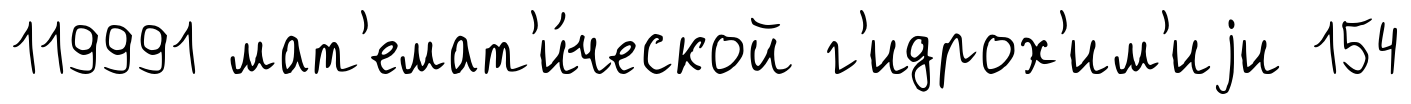
119991 мат'емат'и́ческой г'идрох'им'иjи 154